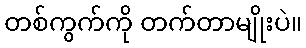
တစ်ကွက်ကို တက်တာမျိုးပဲ။